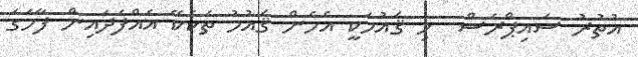
އުތުރު ސައިޕްރަސް  މި ޤައުމަކީ އެހެން ޤައުމު ތަކެކޭ އެއްފަދައިން ފާހަގަ